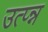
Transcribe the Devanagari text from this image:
उत्प्न्न